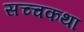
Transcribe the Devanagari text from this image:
सच्चकथा